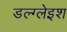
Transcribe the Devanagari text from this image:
डल्ग्लेइश